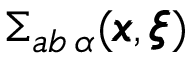
\Sigma _ { a b \, \alpha } ( { \pmb x } , { \pmb \xi } )